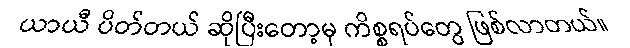
ယာယီ ပိတ်တယ် ဆိုပြီးတော့မှ ကိစ္စရပ်တွေ ဖြစ်လာတယ်။